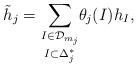
LaTeX: \begin{align*}\tilde h_j = \underset{I\subset \Delta^\ast_j}{\sum\limits_{I \in \mathcal{D}_{m_j}}} \theta_j(I) h_I,\end{align*}